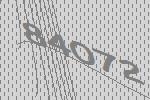
84072